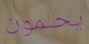
يحلمون